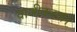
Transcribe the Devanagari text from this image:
वाजीकरण।